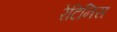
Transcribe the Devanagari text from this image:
रेटिनिस